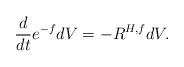
LaTeX: \begin{align*} \frac{d}{dt} e^{-f} dV = - R^{H,f} dV.\end{align*}